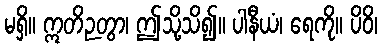
မရှိ။ ဣတိဉတွာ၊ ဤသို့သိ၍။ ပါနီယံ၊ ရေကို။ ပိဝိ၊